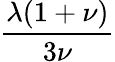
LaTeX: \frac{\lambda(1+\nu)}{3\nu}